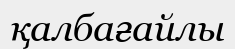
қалбағайлы